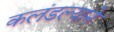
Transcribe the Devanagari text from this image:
कलंडल्याने